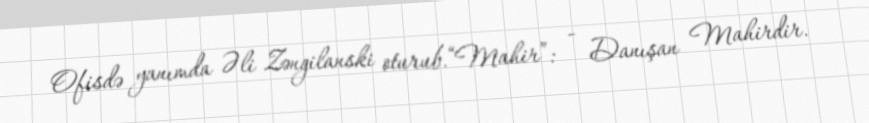
Ofisdə yanımda Əli Zəngilanski oturub.“Mahir”: - Danışan Mahirdir.